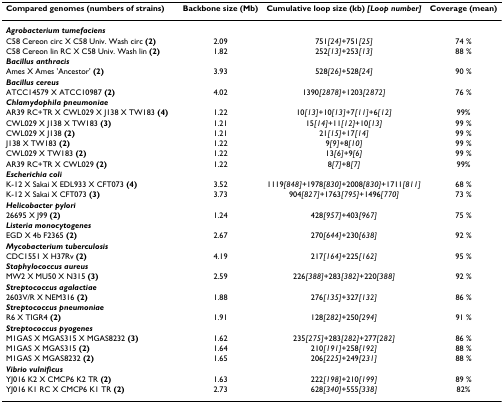
<table><thead><tr><td><b>Compared genomes (numbers of strains)</b></td><td><b>Backbone size (Mb)</b></td><td><b>Cumulative loop size (kb) <i>[Loop number]</i></b></td><td><b>Coverage (mean)</b></td></tr></thead><tbody><tr><td colspan="4"><b><i>Agrobacterium tumefaciens</i></b></td></tr><tr><td>C58 Cereon circ X C58 Univ. Wash circ <b>(2)</b></td><td>2.09</td><td>751<i>[24]</i>+751<i>[25]</i></td><td>74 %</td></tr><tr><td>C58 Cereon lin RC X C58 Univ. Wash lin <b>(2)</b></td><td>1.82</td><td>252<i>[13]</i>+253<i>[13]</i></td><td>88 %</td></tr><tr><td colspan="4"><b><i>Bacillus anthracis</i></b></td></tr><tr><td>Ames X Ames &#x27;Ancestor&#x27; <b>(2)</b></td><td>3.93</td><td>528<i>[26]</i>+528<i>[24]</i></td><td>90 %</td></tr><tr><td colspan="4"><b><i>Bacillus cereus</i></b></td></tr><tr><td>ATCC14579 X ATCC10987 <b>(2)</b></td><td>4.02</td><td>1390<i>[2878]</i>+1203<i>[2872]</i></td><td>76 %</td></tr><tr><td colspan="4"><b><i>Chlamydophila pneumoniae</i></b></td></tr><tr><td>AR39 RC+TR X CWL029 X J138 X TW183 <b>(4)</b></td><td>1.22</td><td>10<i>[13]</i>+10<i>[13]</i>+7<i>[11]</i>+6<i>[12]</i></td><td>99%</td></tr><tr><td>CWL029 X J138 X TW183 <b>(3)</b></td><td>1.21</td><td>15<i>[14]</i>+11<i>[12]</i>+10<i>[13]</i></td><td>99 %</td></tr><tr><td>CWL029 X J138 <b>(2)</b></td><td>1.21</td><td>21<i>[15]</i>+17<i>[14]</i></td><td>99 %</td></tr><tr><td>J138 X TW183 <b>(2)</b></td><td>1.22</td><td>9<i>[9]</i>+8<i>[10]</i></td><td>99 %</td></tr><tr><td>CWL029 X TW183 <b>(2)</b></td><td>1.22</td><td>13<i>[6]</i>+9<i>[6]</i></td><td>99 %</td></tr><tr><td>AR39 RC+TR X CWL029 <b>(2)</b></td><td>1.22</td><td>8<i>[7]</i>+8<i>[7]</i></td><td>99%</td></tr><tr><td colspan="4"><b><i>Escherichia coli</i></b></td></tr><tr><td>K-12 X Sakai X EDL933 X CFT073 <b>(4)</b></td><td>3.52</td><td>1119<i>[848]</i>+1978<i>[830]</i>+2008<i>[830]</i>+1711<i>[811]</i></td><td>68 %</td></tr><tr><td>K-12 X Sakai X CFT073 <b>(3)</b></td><td>3.73</td><td>904<i>[827]</i>+1763<i>[795]</i>+1496<i>[770]</i></td><td>73 %</td></tr><tr><td colspan="4"><b><i>Helicobacter pylori</i></b></td></tr><tr><td>26695 X J99 <b>(2)</b></td><td>1.24</td><td>428<i>[957]</i>+403<i>[967]</i></td><td>75 %</td></tr><tr><td colspan="4"><b><i>Listeria monocytogenes</i></b></td></tr><tr><td>EGD X 4b F2365 <b>(2)</b></td><td>2.67</td><td>270<i>[644]</i>+230<i>[638]</i></td><td>92 %</td></tr><tr><td colspan="4"><b><i>Mycobacterium tuberculosis</i></b></td></tr><tr><td>CDC1551 X H37Rv <b>(2)</b></td><td>4.19</td><td>217<i>[164]</i>+225<i>[162]</i></td><td>95 %</td></tr><tr><td colspan="4"><b><i>Staphylococcus aureus</i></b></td></tr><tr><td>MW2 X MU50 X N315 <b>(3)</b></td><td>2.59</td><td>226<i>[388]</i>+283<i>[382]</i>+220<i>[388]</i></td><td>92 %</td></tr><tr><td colspan="4"><b><i>Streptococcus agalactiae</i></b></td></tr><tr><td>2603V/R X NEM316 <b>(2)</b></td><td>1.88</td><td>276<i>[135]</i>+327<i>[132]</i></td><td>86 %</td></tr><tr><td colspan="4"><b><i>Streptococcus pneumoniae</i></b></td></tr><tr><td>R6 X TIGR4 <b>(2)</b></td><td>1.91</td><td>128<i>[282]</i>+250<i>[294]</i></td><td>91 %</td></tr><tr><td colspan="4"><b><i>Streptococcus pyogenes</i></b></td></tr><tr><td>M1GAS X MGAS315 X MGAS8232 <b>(3)</b></td><td>1.62</td><td>235<i>[275]</i>+283<i>[282]</i>+277<i>[282]</i></td><td>86 %</td></tr><tr><td>M1GAS X MGAS315 <b>(2)</b></td><td>1.64</td><td>210<i>[191]</i>+258<i>[192]</i></td><td>88 %</td></tr><tr><td>M1GAS X MGAS8232 <b>(2)</b></td><td>1.65</td><td>206<i>[225]</i>+249<i>[231]</i></td><td>88 %</td></tr><tr><td colspan="4"><b><i>Vibrio vulnificus</i></b></td></tr><tr><td>YJ016 K2 X CMCP6 K2 TR <b>(2)</b></td><td>1.63</td><td>222<i>[198]</i>+210<i>[199]</i></td><td>89 %</td></tr><tr><td>YJ016 K1 RC X CMCP6 K1 TR <b>(2)</b></td><td>2.73</td><td>628<i>[340]</i>+555<i>[338]</i></td><td>82%</td></tr></tbody></table>